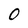
Character: 0